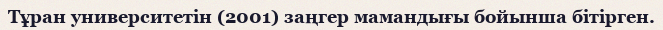
Тұран университетін (2001) заңгер мамандығы бойынша бітірген.